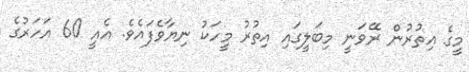
މީގެ އިތުރުން ރޭވަނީ މިބަލީގައި އިތުރު މީހަކު ނިޔާވެފައެވެ. އެއީ 60 އަހަރުގެ